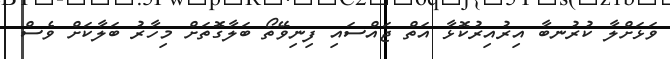
ވަޅަށްލާ ކުރުނބާ އިރުއިރުކޮޅާ އަތް ޖައްސައި ފިނިވޭތޯ ބަލާގޮތަށް މިހާރު ބަލާކަށް ވެސް